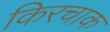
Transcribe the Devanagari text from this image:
किरचाक